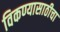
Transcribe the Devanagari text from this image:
विकण्यासाठीचा